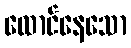
ထောင်နေသော